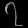
Digit: ၇